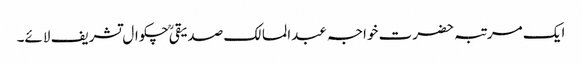
ایک مرتبہ حضرت خواجہ عبدالمالک صدیقیؒ چکوال تشریف لائے۔